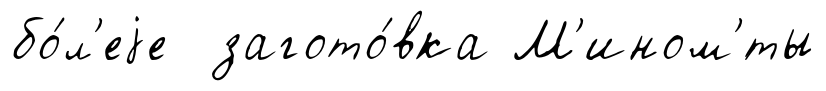
бо́л'еjе загото́вка М'ином'́ты